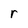
Character: r